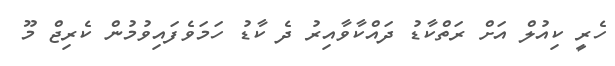
ހެރީ ކިއުލް އަށް ރަތްކާޑު ދައްކާވާއިރު ދެ ކާޑު ހަމަވެފައިވުމުން ކެރިޖް މޫ